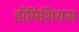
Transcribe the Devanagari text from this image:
डॉमिशियस